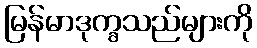
မြန်မာဒုက္ခသည်များကို